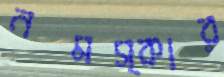
নমস্কার